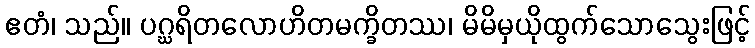
ဧတံ၊ သည်။ ပဂ္ဃရိတလောဟိတမက္ခိတဿ၊ မိမိမှယိုထွက်သောသွေးဖြင့်